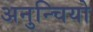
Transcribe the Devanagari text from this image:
अनुन्चियो